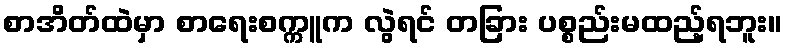
စာအိတ်ထဲမှာ စာရေးစက္ကူက လွဲရင် တခြား ပစ္စည်းမထည့်ရဘူး။